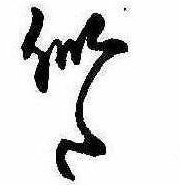
似た